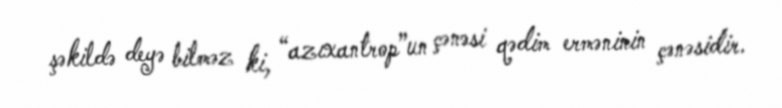
şəkildə deyə bilməz ki, “azıxantrop”un çənəsi qədim erməninin çənəsidir.